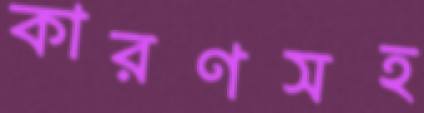
কারণসহ